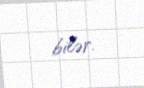
bilər.